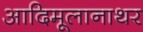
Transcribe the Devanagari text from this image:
आदिमूलानाथर